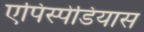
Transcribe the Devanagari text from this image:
एपिस्पेडियास